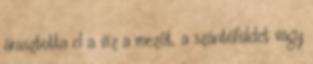
árasztotta el a víz a mezőt, a szántóföldet vagy